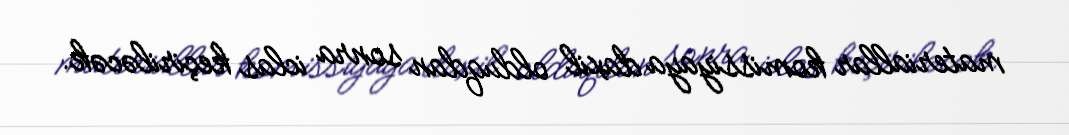
materiallar komissiyaya daxil olduqdan sonra iclas keçiriləcək.